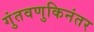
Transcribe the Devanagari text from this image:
गुंतवणुकिनंतर